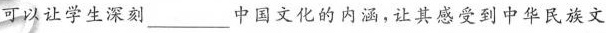
可以让学生深刻__________中国文化的内涵，让其感受到中华民族文